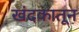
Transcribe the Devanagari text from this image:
खंदकातून